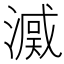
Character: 𣾒